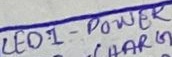
Text: LED1 - POWER